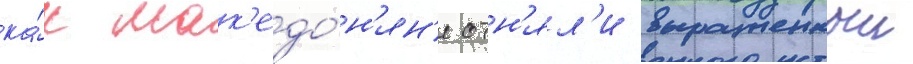
ка́к мак'едо́н'ян'е отн'ял'и выращенныи